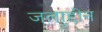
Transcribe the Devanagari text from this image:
जलाद्दीन